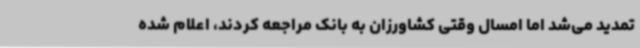
تمدید می‌شد اما امسال وقتی کشاورزان به بانک مراجعه کردند، اعلام شده